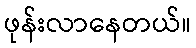
ဖုန်းလာနေတယ်။